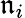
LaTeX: \mathfrak{n}_{i}